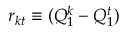
r _ { k t } \equiv ( Q _ { 1 } ^ { k } - Q _ { 1 } ^ { t } )